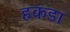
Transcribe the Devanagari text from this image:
हकडा